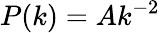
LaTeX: P(k)=Ak^{-2}